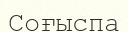
Соғыспа